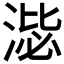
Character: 𣸢